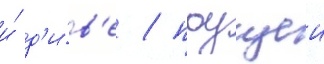
и́ д'и́в'е / поущеи